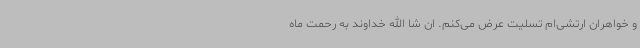
و خواهران ارتشی‌ام تسلیت عرض می‌کنم. ان‌ شا الله خداوند به رحمت ماه